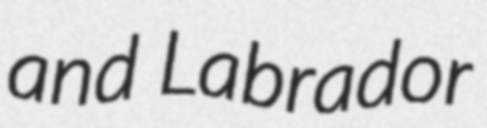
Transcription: and Labrador